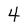
Character: 4